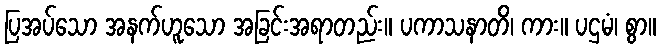
ပြအပ်သော အနက်ဟူသော အခြင်းအရာတည်း။ ပကာသနာတိ၊ ကား။ ပဌမံ၊ စွာ။